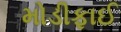
મોડીફાઈ